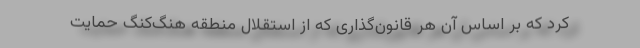
کرد که بر اساس آن هر قانون‌گذاری که از استقلال منطقه هنگ‌کنگ حمایت